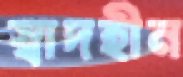
স্বাদহীন